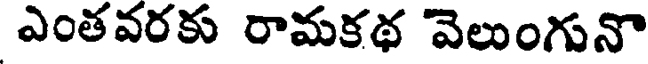
ఎంతవరకు రామకథ 'వెలుంగునొ